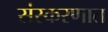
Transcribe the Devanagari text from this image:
संस्करणात